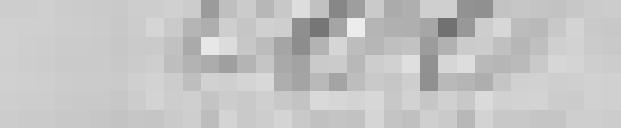
200